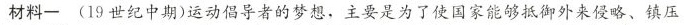
材料一 (19世纪中期)运动倡导者的梦想，主要是为了使国家能够抵御外来侵略、镇压